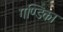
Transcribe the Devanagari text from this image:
गण्डिका